Lunatic asylums in Bengal annual reports 1888-1898 - 1888-1898
Year: 1888
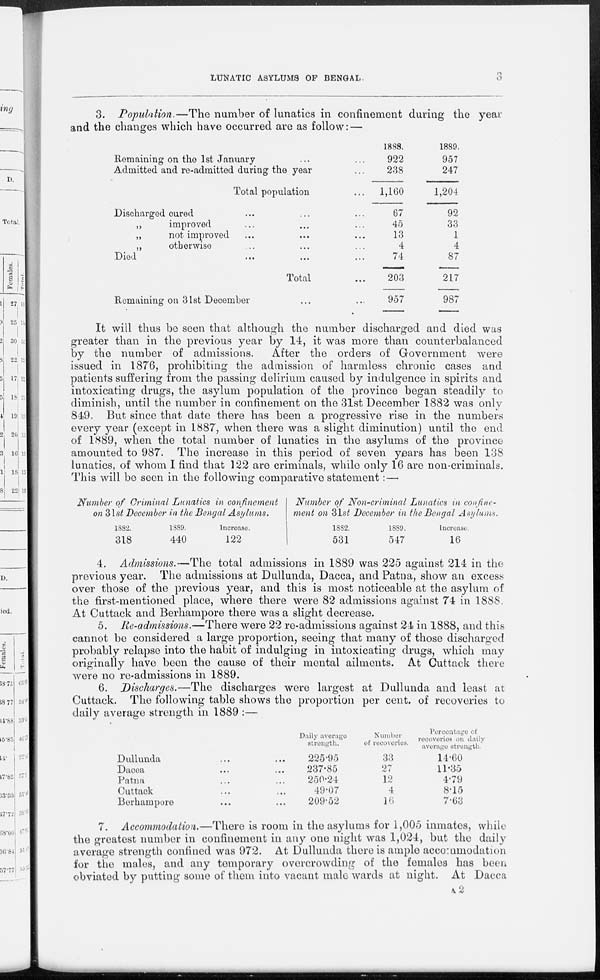
LUNATIC ASYLUMS OF BENGAL 3
3. Population.—The number of lunatics in confinement during the year
and the changes which have occurred are as follow: —
Remaining on the 1st January ... ...
Admitted and re-admitted during the year ...
Total population ...
Discharged cured ... ... ...
„
improved ... ... ...
„
not improved ... ... ...
„
otherwise ... ... ...
Died ... ... ... ...
Total ...
Remaining on 31st December ... ...
1888.
922
238
1,160
67
45
13
4
74
203
957
1889.
957
247
1,204
92
33
1
4
87
217
987
It will thus be seen that although the number discharged and died was
greater than in the previous year by 14:, it was more than counterbalanced
by the number of admissions.
After the orders of Government were
issued in 1876, prohibiting the admission of harmless chronic cases and
patients suffering from the passing delirium caused by indulgence in spirits and
intoxicating drugs, the asylum population of the province began steadily to
diminish, until the number in confinement on the 31st December 1882 was only
819. But since that date there has been a progressive rise in the numbers
every year (except in 1887, when there was a slight diminution) until the end
of 1889, when the total number of lunatics in the asylums of the province
amounted to 987. The increase in this period of seven years has been 138
lunatics, of whom I find that 122 are criminals, while only 16 are non-criminals.
This will be seen in the following comparative statement: —
Number of Criminal Lunatics in confinement
on 31st December in the Bengal Asylums.
1882
318
1889.
440
Increase.
122
Number of Non-criminal Lunatics in confine-
ment on 31st December in the Bengal Asylums.
1882.
531
1889.
547
Increase.
16
4. Admissions.—The total admissions in 1889 was 225 against 214 in the
previous year. The admissions at Dullunda, Dacca, and Patna, show an excess
over those of the previous year, and this is most noticeable at the asylum of
the first-mentioned place, where there were 82 admissions against 74 in 1888.
At Cuttack and Berhampore there was a slight decrease.
5. Re-admissions.—There were 22 re-admissions against 24 in 1888, and this
cannot be considered a large proportion, seeing that many of those discharged
probably relapse into the habit of indulging in intoxicating drugs, which may
originally have been the cause of their mental ailments. At Cuttack there
were no re-admissions in 1889.
6. Discharges.—The discharges were largest at Dullunda and least at
Cuttack. The following table shows the proportion per cent. of recoveries to
daily average strength in 1889 :—
Dullunda ... ...
Dacca ... ...
Patna ... ...
Cuttack ... ...
Berhampore ... ...
Daily average
strength.
225.95
237.80
250.24
49.07
209.02
Number
of recoveries.
33
27
12
4
16
Percentaged
recoveries on duty
average strength.
14.60
11.35
4.79
8.15
7.63
7. Accommodation.—There is room in the asylums for 1,005 inmates, while
the greatest number in confinement in any one night was 1,024, but the daily
average strength confined was 972. At Dullunda there is ample accommodation
for the males, and any temporary overcrowding of the females has been
obviated by putting some of them into vacant male wards at night. At Dacca
A 2